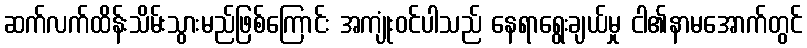
ဆက်လက်ထိန်းသိမ်းသွားမည်ဖြစ်ကြောင်း အကျုံးဝင်ပါသည် နေရာရွေးချယ်မှု ငါ၏နာမအောက်တွင်